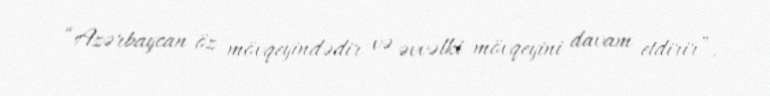
“Azərbaycan öz mövqeyindədir və əvvəlki mövqeyini davam etdirir”.